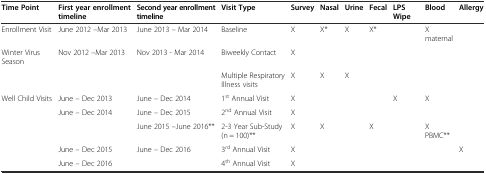
<table><thead><tr><td><b>Time Point</b></td><td><b>First year enrollment timeline</b></td><td><b>Second year enrollment timeline</b></td><td><b>Visit Type</b></td><td><b>Survey</b></td><td><b>Nasal</b></td><td><b>Urine</b></td><td><b>Fecal</b></td><td><b>LPS Wipe</b></td><td><b>Blood</b></td><td><b>Allergy</b></td></tr></thead><tbody><tr><td>Enrollment Visit</td><td>June 2012 –Mar 2013</td><td>June 2013 – Mar 2014</td><td>Baseline</td><td>X</td><td>X*</td><td>X</td><td>X*</td><td></td><td>X maternal</td><td></td></tr><tr><td>Winter Virus Season</td><td>Nov 2012 –Mar 2013</td><td>Nov 2013 - Mar 2014</td><td>Biweekly Contact</td><td>X</td><td></td><td></td><td></td><td></td><td></td><td></td></tr><tr><td></td><td></td><td></td><td>Multiple Respiratory Illness visits</td><td>X</td><td>X</td><td>X</td><td></td><td></td><td></td><td></td></tr><tr><td>Well Child Visits</td><td>June – Dec 2013</td><td>June – Dec 2014</td><td>1<sup>st</sup> Annual Visit</td><td>X</td><td></td><td></td><td></td><td>X</td><td>X</td><td></td></tr><tr><td></td><td>June – Dec 2014</td><td>June – Dec 2015</td><td>2<sup>nd</sup> Annual Visit</td><td>X</td><td></td><td></td><td></td><td></td><td></td><td></td></tr><tr><td></td><td></td><td>June 2015 –June 2016**</td><td>2-3 Year Sub-Study (n = 100)**</td><td>X</td><td>X</td><td></td><td>X</td><td></td><td>X PBMC**</td><td></td></tr><tr><td></td><td>June – Dec 2015</td><td>June – Dec 2016</td><td>3<sup>rd</sup> Annual Visit</td><td>X</td><td></td><td></td><td></td><td></td><td></td><td>X</td></tr><tr><td></td><td>June – Dec 2016</td><td></td><td>4<sup>th</sup> Annual Visit</td><td>X</td><td></td><td></td><td></td><td></td><td></td><td></td></tr></tbody></table>